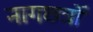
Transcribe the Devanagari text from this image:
नागछत्रों